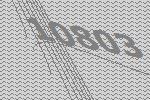
10803